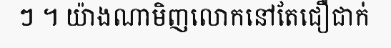
ៗ ។ យ៉ាងណាមិញលោកនៅតែជឿជាក់